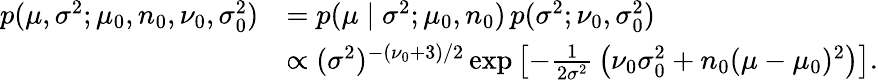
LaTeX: {\begin{array}{rl}{p(\mu,\sigma^{2};\mu_{0},n_{0},\nu_{0},\sigma_{0}^{2})}&{=p(\mu\mid\sigma^{2};\mu_{0},n_{0})\, p(\sigma^{2};\nu_{0},\sigma_{0}^{2})}\\ &{\propto(\sigma^{2})^{-(\nu_{0}+3)/2}\exp\left[-{\frac{1}{2\sigma^{2}}}\left(\nu_{0}\sigma_{0}^{2}+n_{0}(\mu-\mu_{0})^{2}\right)\right].}\end{array}}